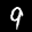
Label: 9